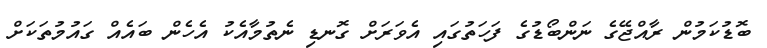
ބޮޑުކަމުން ރާއްޖޭގެ ނަންބޯޑުގެ ފަހަތުގައި އެވަރަށް ގޮނޑި ނެތުމާއެކު އެހެން ބައެއް ގައުމުތަކަށް